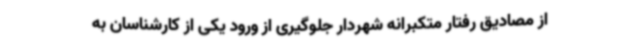
از مصادیق رفتار متکبرانه شهردار جلوگیری از ورود یکی از کارشناسان به